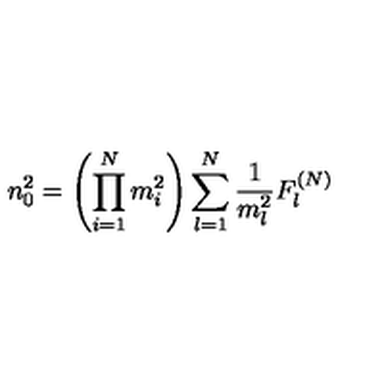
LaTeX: n _ { 0 } ^ { 2 } = \left( \prod _ { i = 1 } ^ { N } m _ { i } ^ { 2 } \right) \sum _ { l = 1 } ^ { N } \frac { 1 } { m _ { l } ^ { 2 } } F _ { l } ^ { ( N ) }